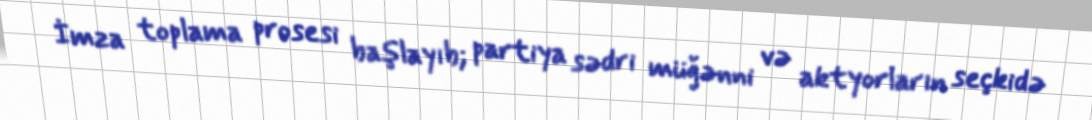
İmza toplama prosesi başlayıb; partiya sədri müğənni və aktyorların seçkidə